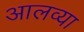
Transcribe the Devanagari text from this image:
आलव्या